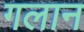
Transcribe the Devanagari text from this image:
गलान